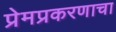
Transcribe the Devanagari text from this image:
प्रेमप्रकरणाचा